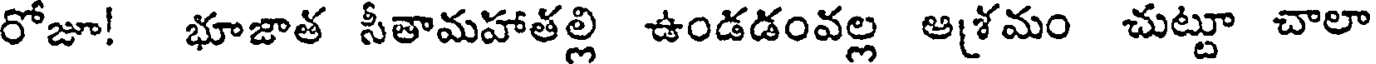
రోజూ! భూజాత సీతామహాతల్లి ఉండడంవల్ల ఆశ్రమం చుట్టూ చాలా